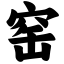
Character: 窑